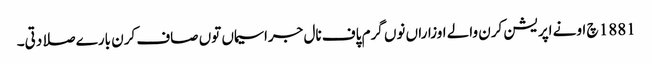
1881 چ اونے اپریشن کرن والے اوزاراں نوں گرم پاف نال جراسیماں توں صاف کرن بارے صلا دتی۔